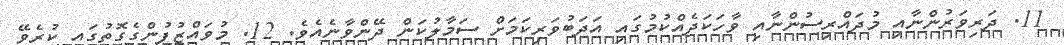
11. ދަރިވަރުންނާއި މުދައްރިސުންނާއި ވާހަކަދެއްކުމުގައި އަދަބުވަރިކަމަށް ސަމާލުކަން ދޭންވާނެއެވެ. 12. މުވައްޒުފުންގެގޮތުގައި ކުރެވޭ